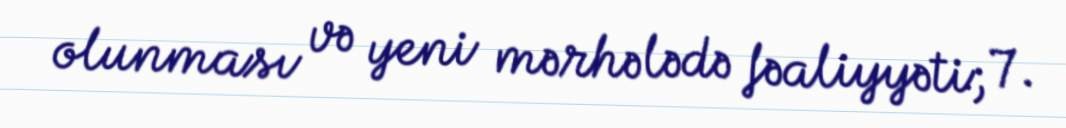
olunması və yeni mərhələdə fəaliyyəti; 7.